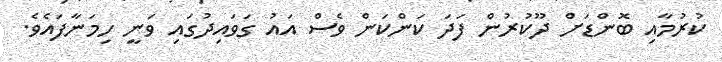
ކުރުމާއި ބޮންޑަށް ދޫކުރުން ފަދަ ކަންކަން ވެސް އައު ގަވައިދުގައި ވަނީ ހިމަނާފައެވެ.